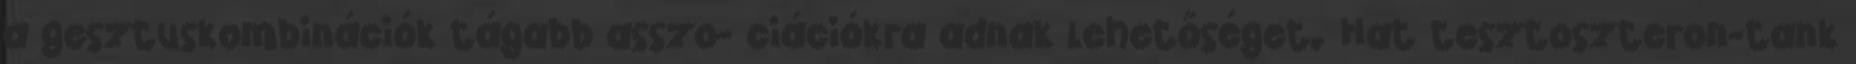
a gesztuskombinációk tágabb asszo- ciációkra adnak lehetőséget. Hat tesztoszteron-tank